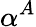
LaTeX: \alpha^{A}